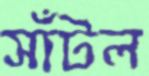
সাঁটল